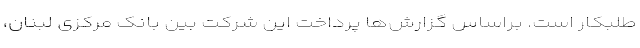
طلبکار است. براساس گزارش‌ها پرداخت این شرکت بین بانک مرکزی لبنان،